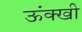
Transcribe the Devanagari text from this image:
ऊंक्खी